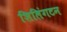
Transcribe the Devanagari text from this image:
शिलिंगटन